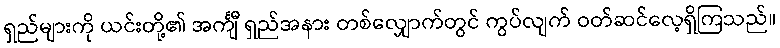
ရှည်များကို ယင်းတို့၏ အင်္ကျီ ရှည်အနား တစ်လျှောက်တွင် ကွပ်လျက် ဝတ်ဆင်လေ့ရှိကြသည်။